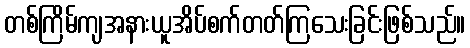
တစ်ကြိမ်ကျအနားယူအိပ်စက်တတ်ကြသေးခြင်းဖြစ်သည်။